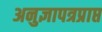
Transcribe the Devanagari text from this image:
अनुज्ञापत्रप्राप्त